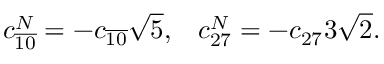
c _ { \overline { { { 1 0 } } } } ^ { N } = - c _ { \overline { { { 1 0 } } } } \sqrt { 5 } , \; \; \; c _ { 2 7 } ^ { N } = - c _ { 2 7 } 3 \sqrt { 2 } .